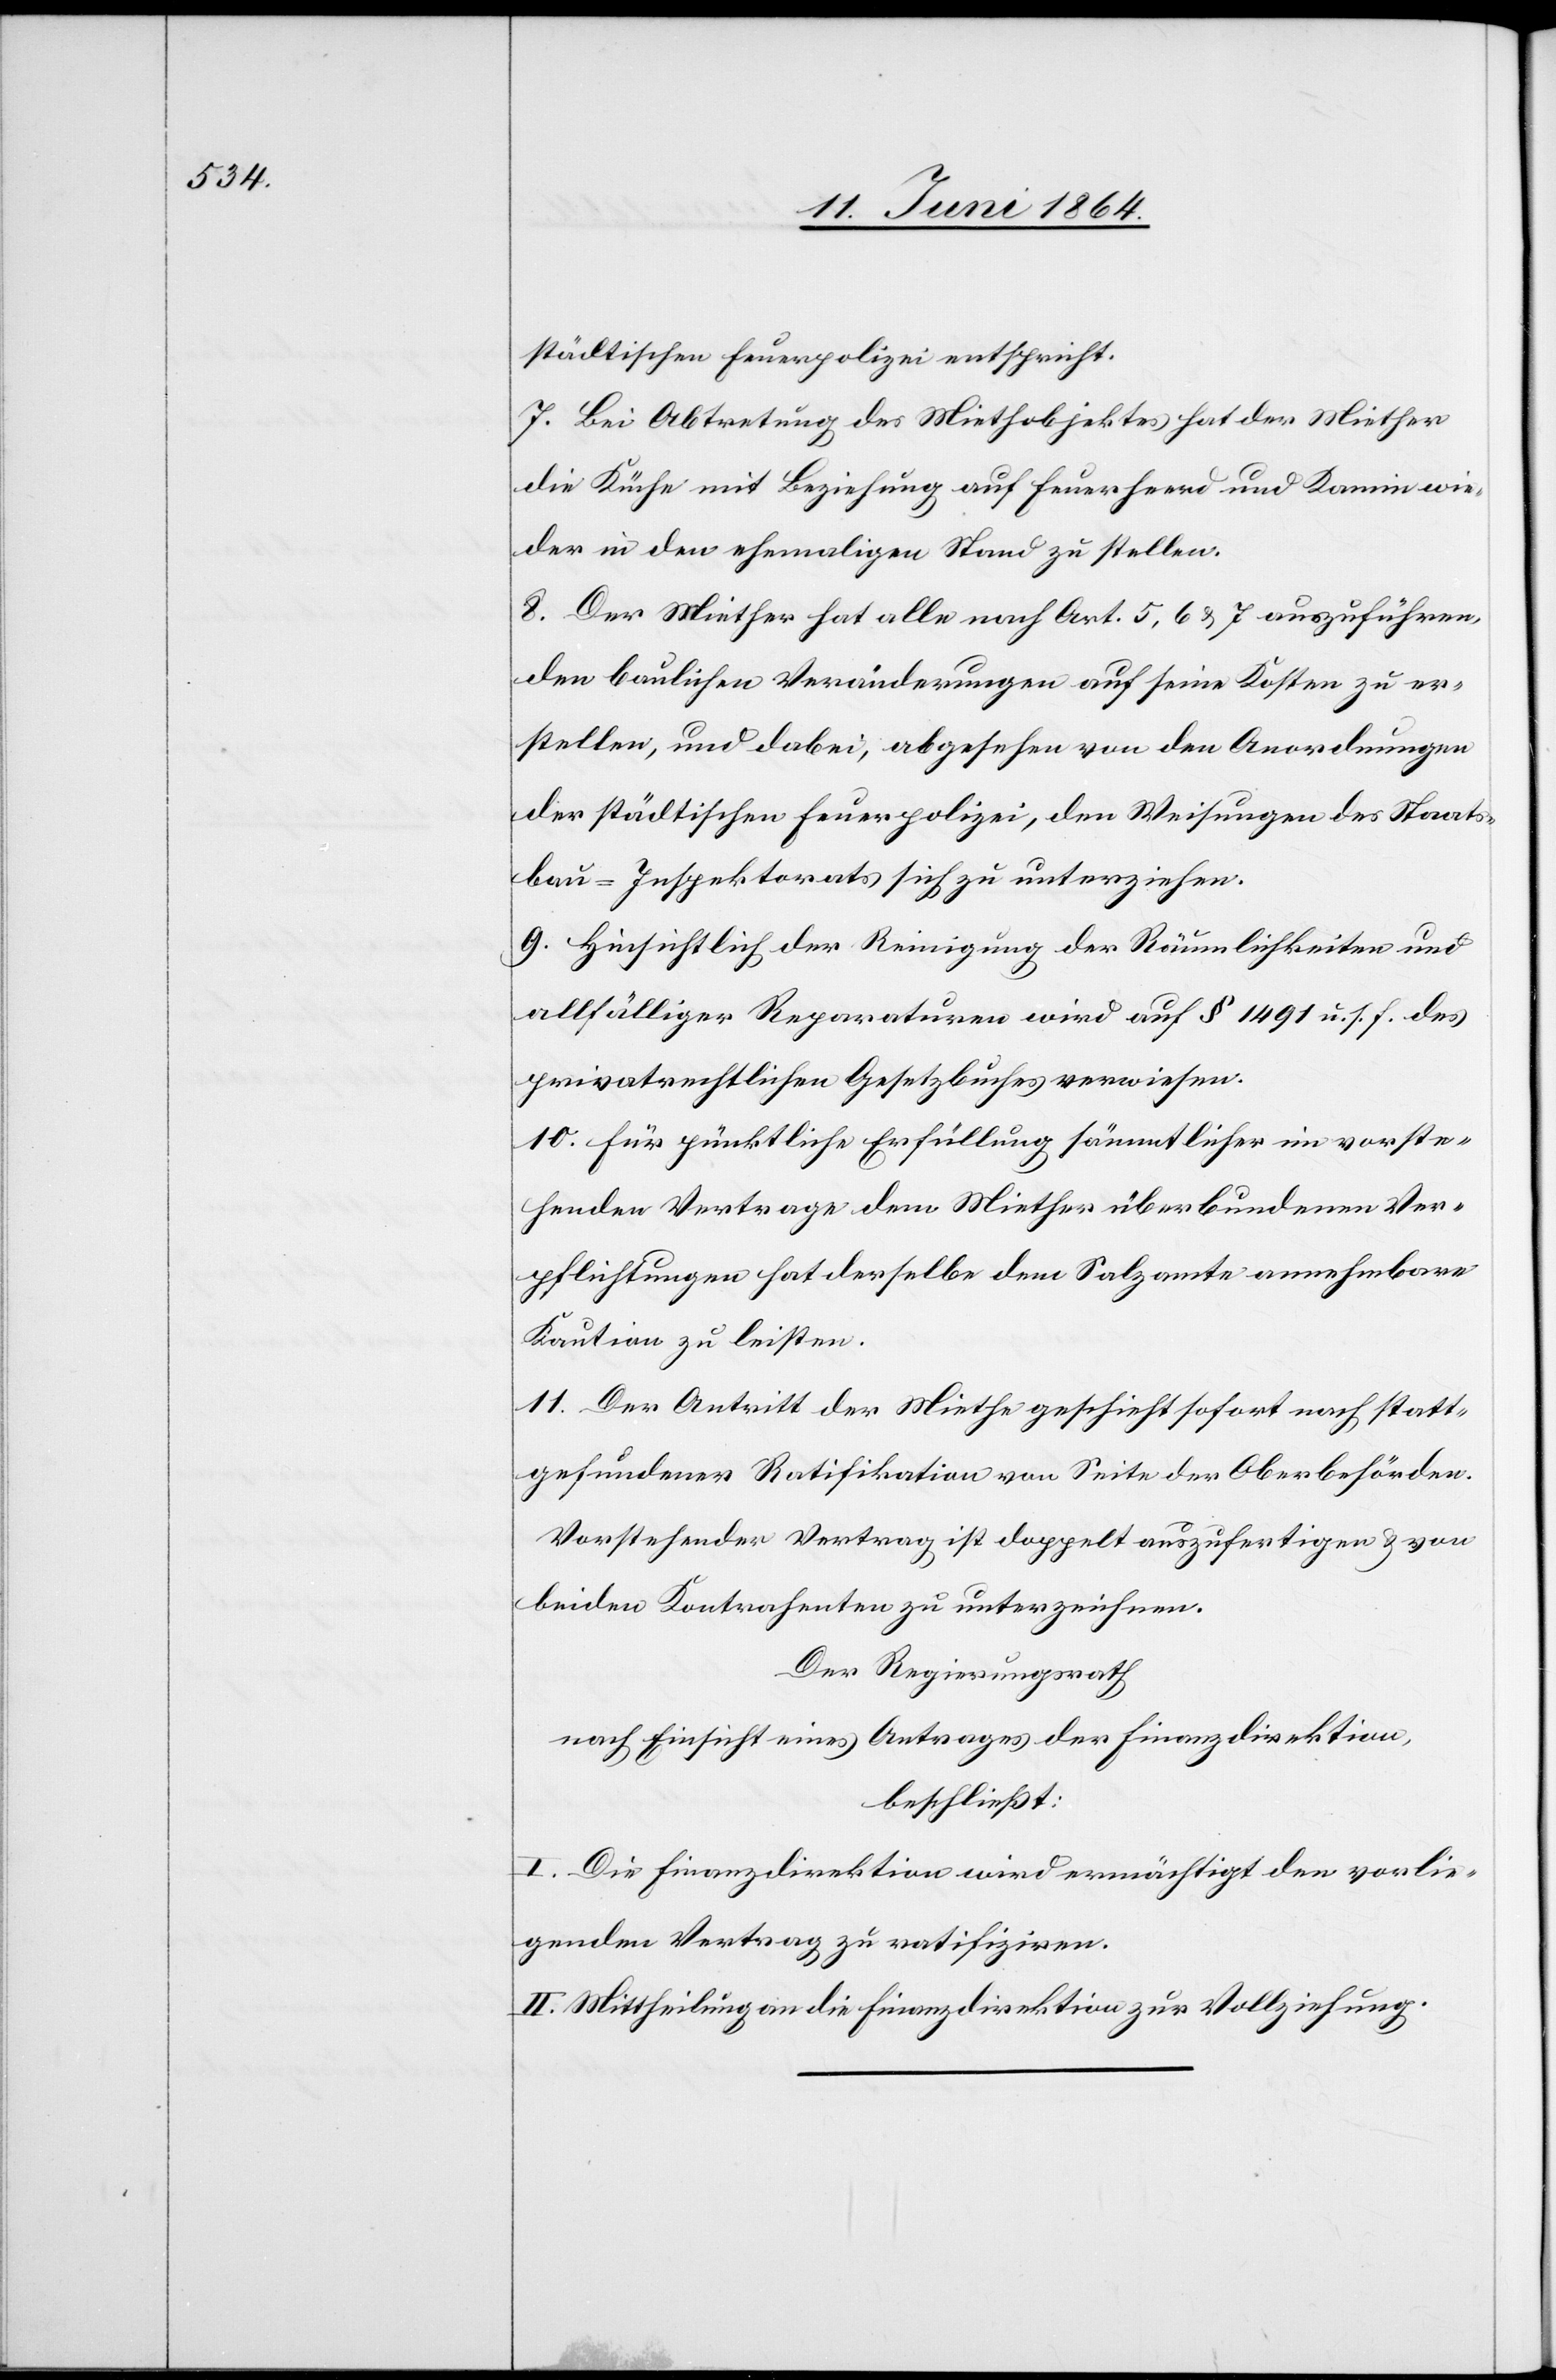
städtischen Finanzpolizei entspricht.
7. Bei Abtretung des Miethobjektes hat der Miether
die Küche mit Beziehung auf Feuerherd und Kamin wie¬
der in den ehemaligen Stand zu stellen.
8. Der Miether hat alle nach Art. 5, 6 u. 7 auszuführen¬
den baulichen Veränderungen auf seine Kosten zu er¬
stellen, und dabei, abgesehen von den Anordnungen
der städtischen Feuerpolizei, den Weisungen des Staats¬
bau-Inspektorats sich zu unterziehen.
9. Hinsichtlich der Reinigung der Räumlichkeiten und
allfälliger Reparaturen wird auf § 1491 u. s. f. des
privatrechtlichen Gesetzbuches verwiesen.
10. Für pünktliche Erfüllung sämmtlicher im vorste¬
henden Vertrage dem Miether überbundenen Ver¬
pflichtungen hat derselbe dem Salzamte annehmbare
Kaution zu leisten.
11. Der Antritt der Miethe geschieht sofort nach statt¬
gefundener Ratifikation von Seite der Oberbehörden.
Vorstehender Vertrag ist doppelt auszufertigen und von
beiden Kontrahenten zu unterzeichnen.
Der Regierungsrath
nach Einsicht eines Antrages der Finanzdirektion,
beschließt:
I. Die Finanzdirektion wird ermächtigt den vorlie¬
genden Vertrag zu ratifiziren.
II. Mittheilung an die Finanzdirektion zur Vollziehung.